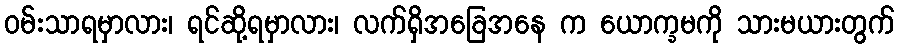
ဝမ်းသာရမှာလား၊ ရင်ဆို့ရမှာလား၊ လက်ရှိအခြေအနေ က ယောက္ခမကို သားမယားတွက်